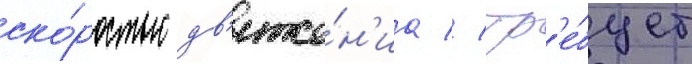
ско́ростью дв'иже́н'иа // Тр'е́бует